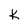
Character: k